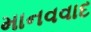
માનવવાદ